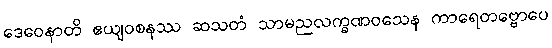
ဒေဝေနာတိ ဧယျဝစနဿ ဆသတံ သာမညလက္ခဏဝသေန ကာရေတဗ္ဗောပေ